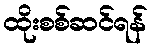
ထိုးစစ်ဆင်ရန်